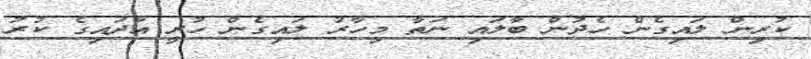
ކުރިން ލައިގެން ހެދުން ބާލައި ނަތާ މިހާރު ލައިގެން ހުރީ އާދައިގެ ކުރު